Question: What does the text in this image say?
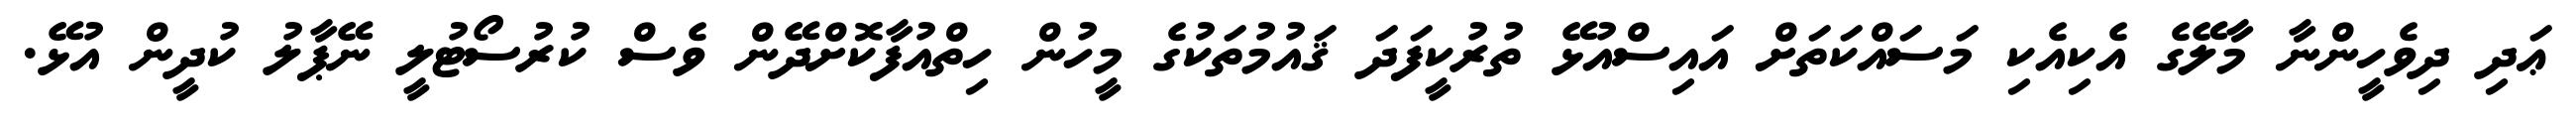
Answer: ޢަދި ދިވެހީންނާ މާލޭގެ އެކިއެކި މަސައްކަތަށް އައިސްއުޅޭ ތުރުކީފަދަ ޤައުމުތަކުގެ މީހުން ހިތްއުފާކޮށްދޭން ވެސް ކުރުސޯޓުލީ ނޭޕާލު ކުދީން އުޅޭ.